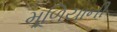
મૂળિયાની